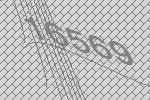
16569